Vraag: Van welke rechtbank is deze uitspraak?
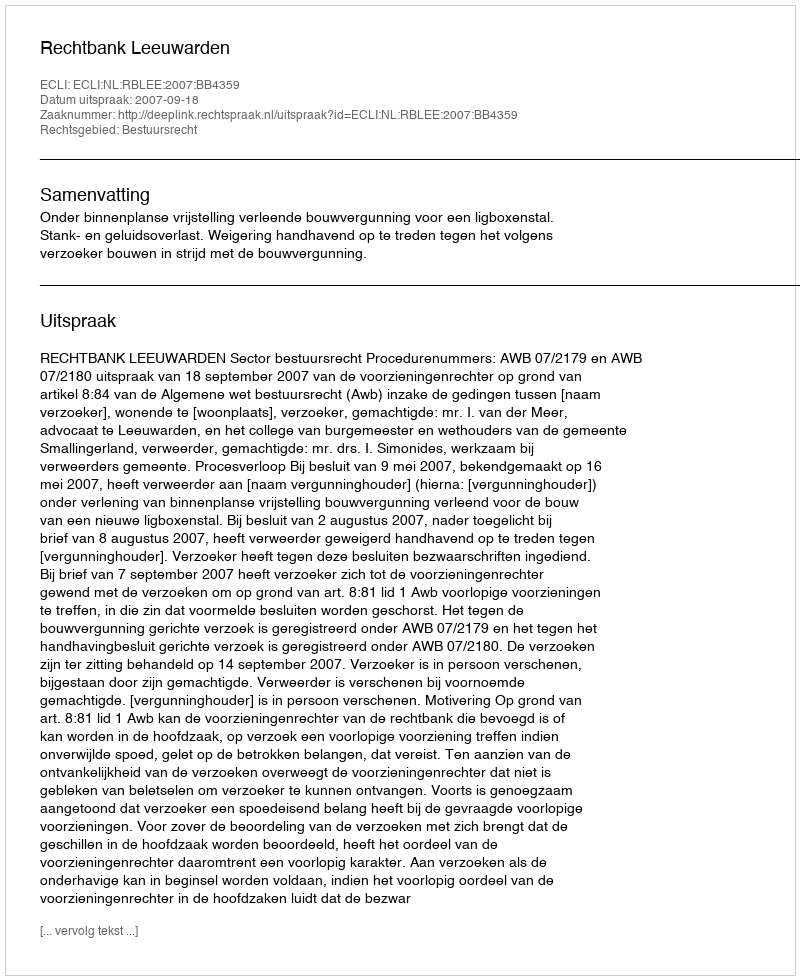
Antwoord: Rechtbank Leeuwarden